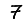
Digit: 7